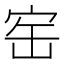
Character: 𡧰